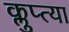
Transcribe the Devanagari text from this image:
क्लुप्त्या